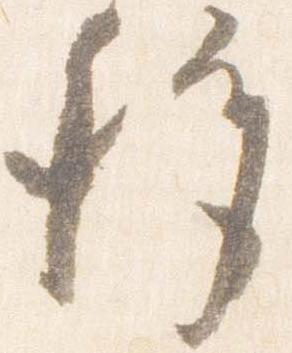
移